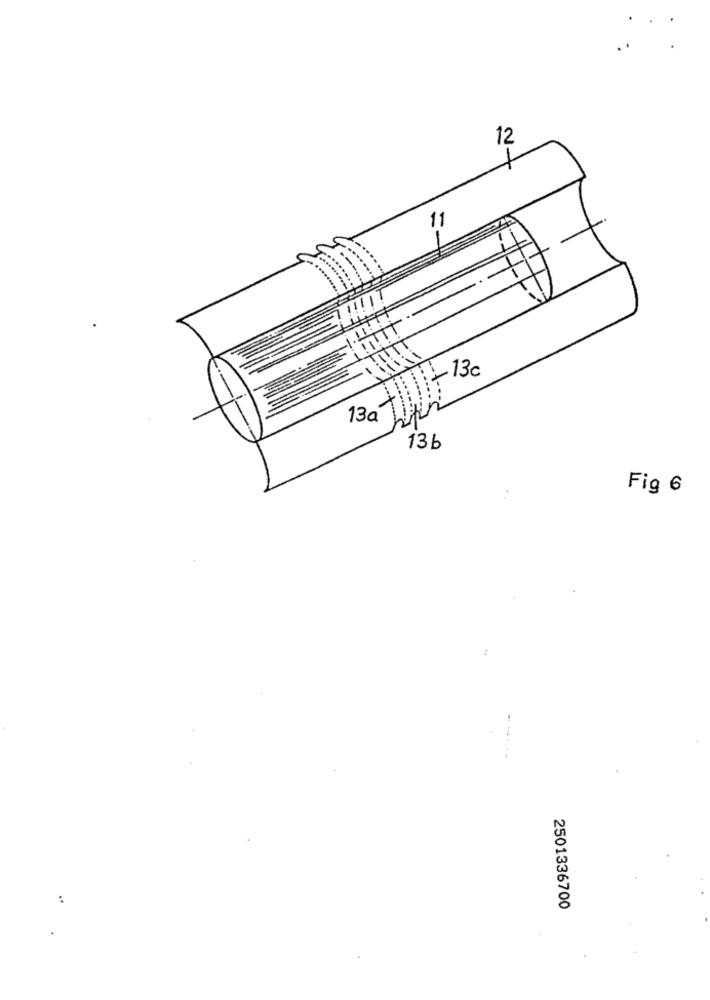
N-
11
1-130
×
13a
13 b
Fig 6
..
2501336700